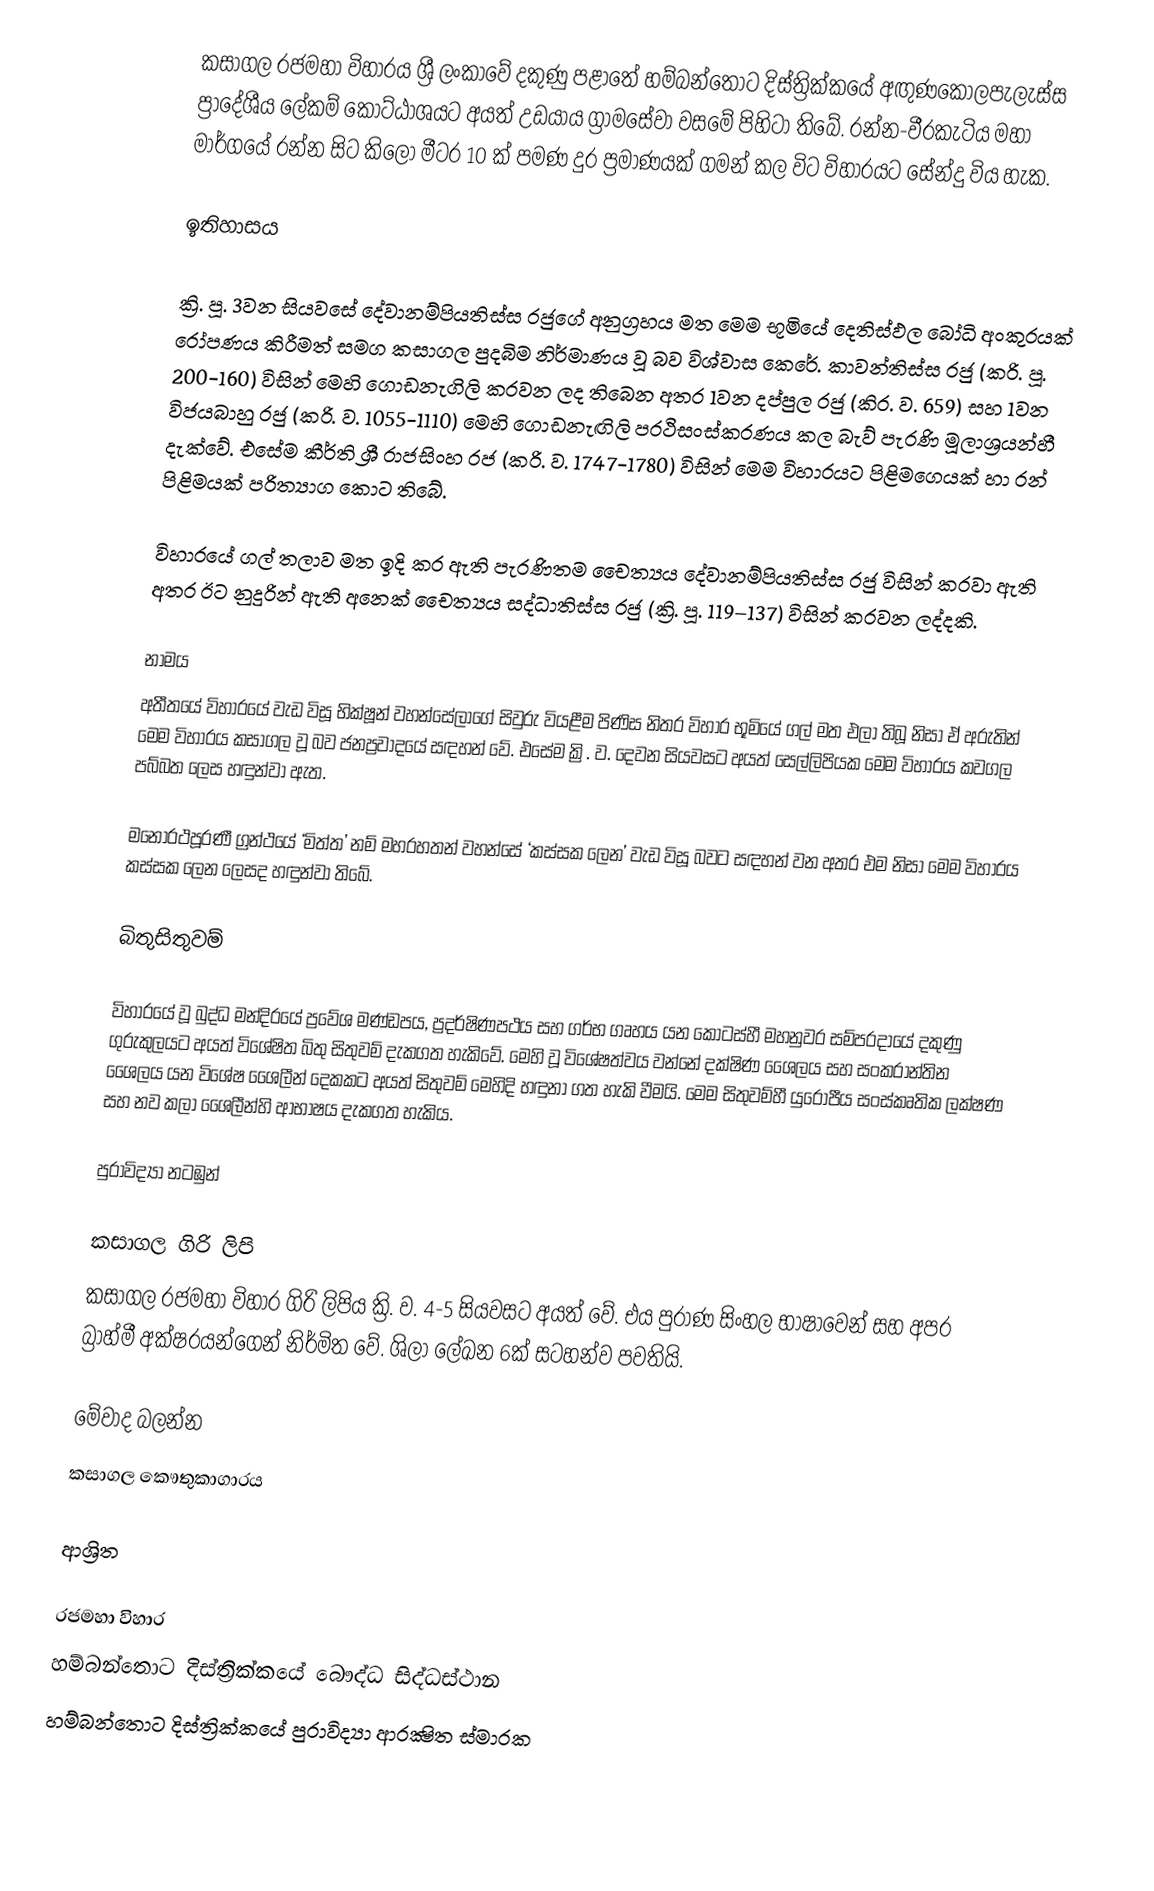
කසාගල රජමහා විහාරය ශ්‍රී ලංකාවේ දකුණු පළාතේ හම්බන්තොට දිස්ත්‍රික්කයේ අඟුණකොලපැලැස්ස ප්‍රාදේශීය ලේකම් කොට්ඨාශයට අයත් උඩයාය ග්‍රාමසේවා වසමේ පිහිටා තිබේ. රන්න-වීරකැටිය මහා මාර්ගයේ රන්න සිට කිලෝ මීටර 10 ක් පමණ දුර ප්‍රමාණයක් ගමන් කල විට විහාරයට සේන්දු විය හැක.

ඉතිහාසය

ක්‍රි. පූ. 3වන සියවසේ දේවානම්පියතිස්ස රජුගේ අනුග්‍රහය මත මෙම භූමියේ දෙතිස්ඵල බෝධි අංකුරයක් රෝපණය කිරීමත් සමග කසාගල පුදබිම නිර්මාණය වූ බව විශ්වාස කෙරේ. කාවන්තිස්ස රජු (ක‍්‍රි. පූ. 200-160) විසින් මෙහි ගොඩනැගිලි කරවන ලද තිබෙන අතර 1වන දප්පුල රජු (කි‍්‍ර. ව. 659) සහ 1වන විජයබාහු රජු (ක‍්‍රි. ව. 1055-1110) මෙහි ගොඩනැඟිලි ප‍්‍රථිසංස්කරණය කල බැව් පැරණි මූලාශ්‍රයන්හී දැක්වේ. එසේම කීර්ති ශ්‍රී රාජසිංහ රජ  (ක‍්‍රි. ව. 1747-1780) විසින් මෙම විහාරයට පිළිමගෙයක් හා රන් පිළිමයක් පරිත්‍යාග කොට තිබේ.

විහාරයේ ගල් තලාව මත ඉදි කර ඇති පැරණිතම චෛත්‍යය දේවානම්පියතිස්ස රජු විසින් කරවා ඇති අතර ඊට නුදුරින් ඇති අනෙක් චෛත්‍යය සද්ධාතිස්ස රජු (ක්‍රි. පූ. 119–137) විසින් කරවන ලද්දකි.

නාමය
අතීතයේ විහාරයේ වැඩ විසූ භික්ෂූන් වහන්සේලාගේ සිවුරු වියළීම පිණිස නිතර විහාර භූමියේ ගල් මත එලා තිබූ නිසා ඒ අරුතින් මෙම විහාරය කසාගල වූ බව ජනප්‍රවාදයේ සඳහන් වේ. එසේම ක්‍රි. ව. දෙවන සියවසට අයත් සෙල්ලිපියක මෙම විහාරය කවගල පබ්බත ලෙස හඳුන්වා ඇත.

මනෝරථපූරණී ග්‍රන්ථයේ ‘මිත්ත’ නම් මහරහතන් වහන්සේ ‘කස්සක ලෙන’ වැඩ විසූ බවට සඳහන් වන අතර එම නිසා මෙම විහාරය කස්සක ලෙන ලෙසද හඳුන්වා තිබේ.

බිතුසිතුවම්

විහාරයේ වූ බුද්ධ මන්දිරයේ ප්‍රවේශ මණ්ඩපය, ප්‍රදර්ෂිණපථය සහ ගර්භ ගෘහය යන කොටස්හී මහනුවර සම්ප‍්‍රදායේ දකුණු ගුරුකුලයට අයත් විශේෂිත බිතු සිතුවම් දැකගත හැකිවේ. මෙහි වූ විශේෂත්වය වන්නේ දක්ෂිණ ශෛලය සහ සංක‍්‍රාන්තින ශෛලය යන විශේෂ ශෛලීන් දෙකකට අයත් සිතුවම් මෙහිදි හඳුනා ගත හැකි වීමයි. මෙම සිතුවම්හී යුරෝපීය සංස්කෘතික ලක්ෂණ සහ නව කලා ශෛලීන්හි ආභාෂය දැකගත හැකිය.

පුරාවිද්‍යා නටඹුන්

කසාගල ගිරි ලිපි
කසාගල රජමහා විහාර ගිරි ලිපිය ක්‍රි. ව. 4-5 සියවසට අයත් වේ. එය පුරාණ සිංහල භාෂාවෙන් සහ අපර බ්‍රාහ්මී අක්ෂරයන්ගෙන් නිර්මිත වේ. ශිලා ලේඛන 6ක් සටහන්ව පවතියි.

මේවාද බලන්න
කසාගල කෞතුකාගාරය

ආශ්‍රිත

රජමහා විහාර
හම්බන්තොට දිස්ත්‍රික්කයේ බෞද්ධ සිද්ධස්ථාන
හම්බන්තොට දිස්ත්‍රික්කයේ පුරාවිද්‍යා ආරක්‍ෂිත ස්මාරක